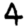
Digit: 4